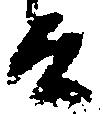
兵